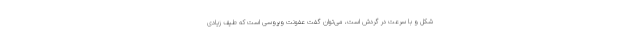
شکل و با سرعت در گردش است، می‌توان گفت عفونت ویروسی است که طیف زیادی